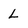
Character: L